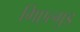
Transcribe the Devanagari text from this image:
गिएल्गुड